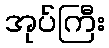
အုပ်ကြီး